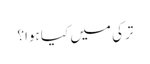
ترکی میں کیا ہوا؟